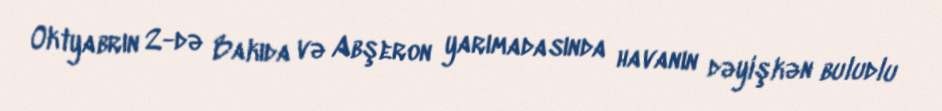
Oktyabrın 2-də Bakıda və Abşeron yarımadasında havanın dəyişkən buludlu